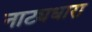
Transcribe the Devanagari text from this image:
नाट्यधारा